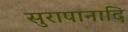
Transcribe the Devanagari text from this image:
सुरापानादि